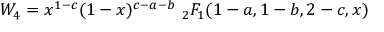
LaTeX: W _ { 4 } = x ^ { 1 - c } ( 1 - x ) ^ { c - a - b } \ _ { 2 } F _ { 1 } ( 1 - a , 1 - b , 2 - c , x )